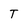
Character: T